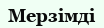
Мерзімді